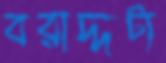
বরাদ্দটা